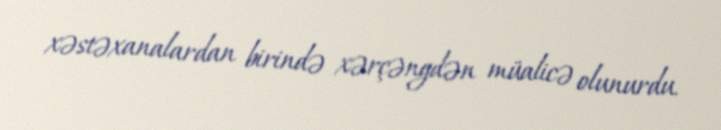
xəstəxanalardan birində xərçəngdən müalicə olunurdu.